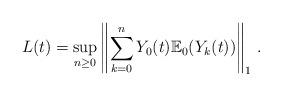
LaTeX: \begin{align*}L(t)= \sup_{n \geq 0}\left \| \sum_{k=0}^n Y_0(t) {\mathbb E}_0(Y_k(t)) \right \|_1 \, .\end{align*}